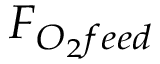
F _ { O _ { 2 } f e e d }